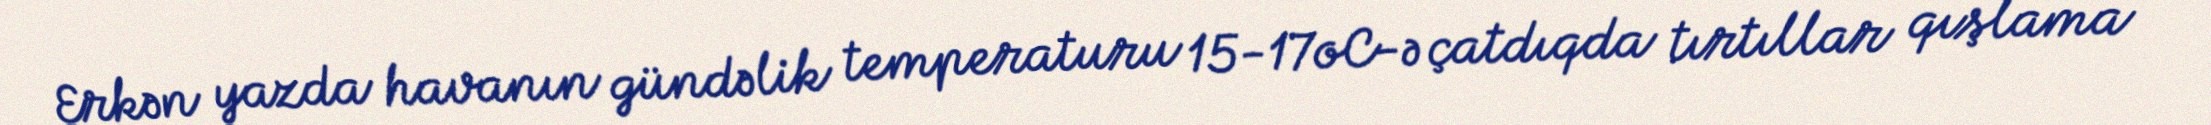
Erkən yazda havanın gündəlik temperaturu 15-17oC-ə çatdıqda tırtıllar qışlama